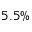
5 . 5 \%